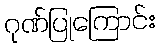
ဂုဏ်ပြုကြောင်း